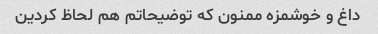
داغ و خوشمزه ممنون که توضیحاتم هم لحاظ کردین